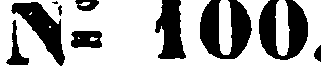
N° 100.